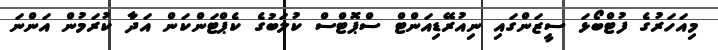
މިއަހަރުގެ ފުޓްބޯޅަ ސީޒަންގައި ނިއުރޭޑިއަންޓް ސްޕޮޓްސް ކުލަބުގެ ކެޕްޓަންކަން އަދާ ކުރަމުން އަންނަ